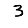
Digit: 3